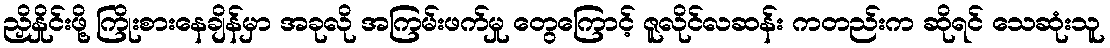
ညှိနှိုင်းဖို့ ကြိုးစားနေချိန်မှာ အခုလို အကြမ်းဖက်မှု တွေကြောင့် ဇူလိုင်လဆန်း ကတည်းက ဆိုရင် သေဆုံးသူ